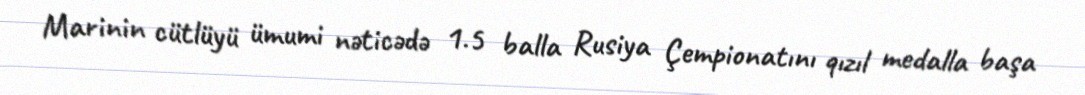
Marinin cütlüyü ümumi nəticədə 1.5 balla Rusiya Çempionatını qızıl medalla başa